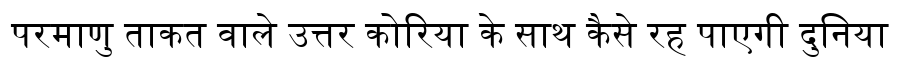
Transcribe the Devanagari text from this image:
परमाणु ताकत वाले उत्तर कोरिया के साथ कैसे रह पाएगी दुनिया